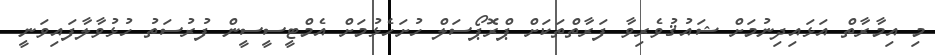
މި އިމާރާތް އަޅައިދިނުމަށް ޝައުޤުވެރިވާ ފަރާތްތަކަށް ޕްރޮޕޯސަލް ހުށަހެޅުމަށް އެމްޓީސީސީން ފުރުސަތު ހުޅުވާލާފައިވަނީ